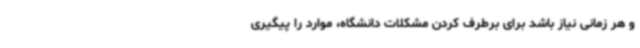
و هر زمانی نیاز باشد برای برطرف کردن مشکلات دانشگاه، موارد را پیگیری